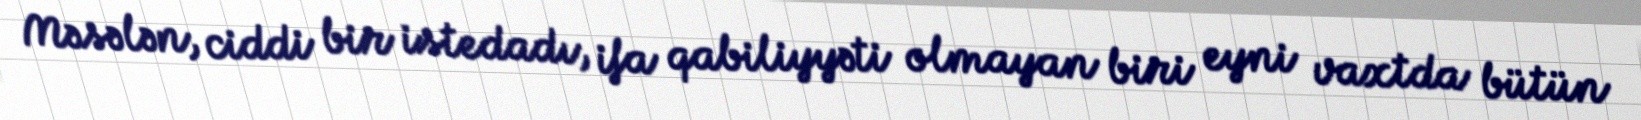
Məsələn, ciddi bir istedadı, ifa qabiliyyəti olmayan biri eyni vaxtda bütün